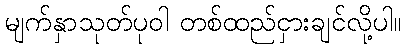
မျက်နှာသုတ်ပုဝါ တစ်ထည်ငှားချင်လို့ပါ။